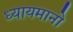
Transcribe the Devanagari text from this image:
ध्यायमानो